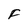
Character: F